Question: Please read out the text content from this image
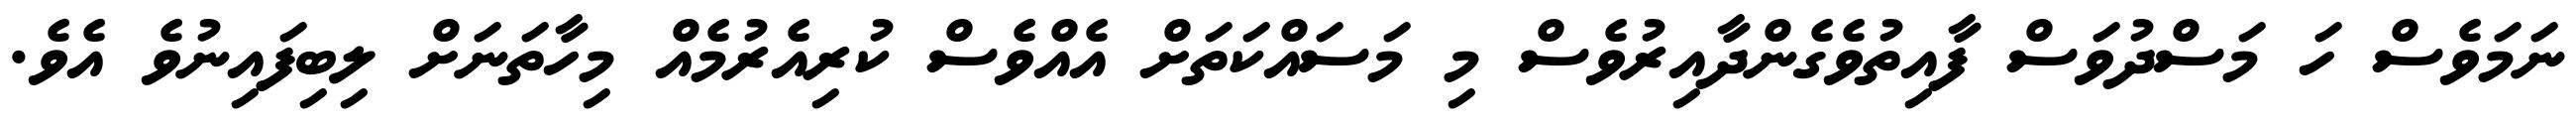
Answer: ނަމަވެސް ހަ މަސްދުވަސް ފާއިތުވެގެންދާއިރުވެސް މި މަސައްކަތަށް އެއްވެސް ކުރިއެރުމެއް މިހާތަނަށް ލިބިފައިނުވެ އެވެ.